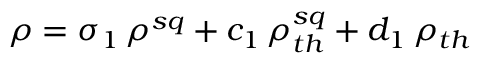
\rho = \sigma _ { 1 } \, \rho ^ { s q } + c _ { 1 } \, \rho _ { t h } ^ { s q } + d _ { 1 } \, \rho _ { t h }